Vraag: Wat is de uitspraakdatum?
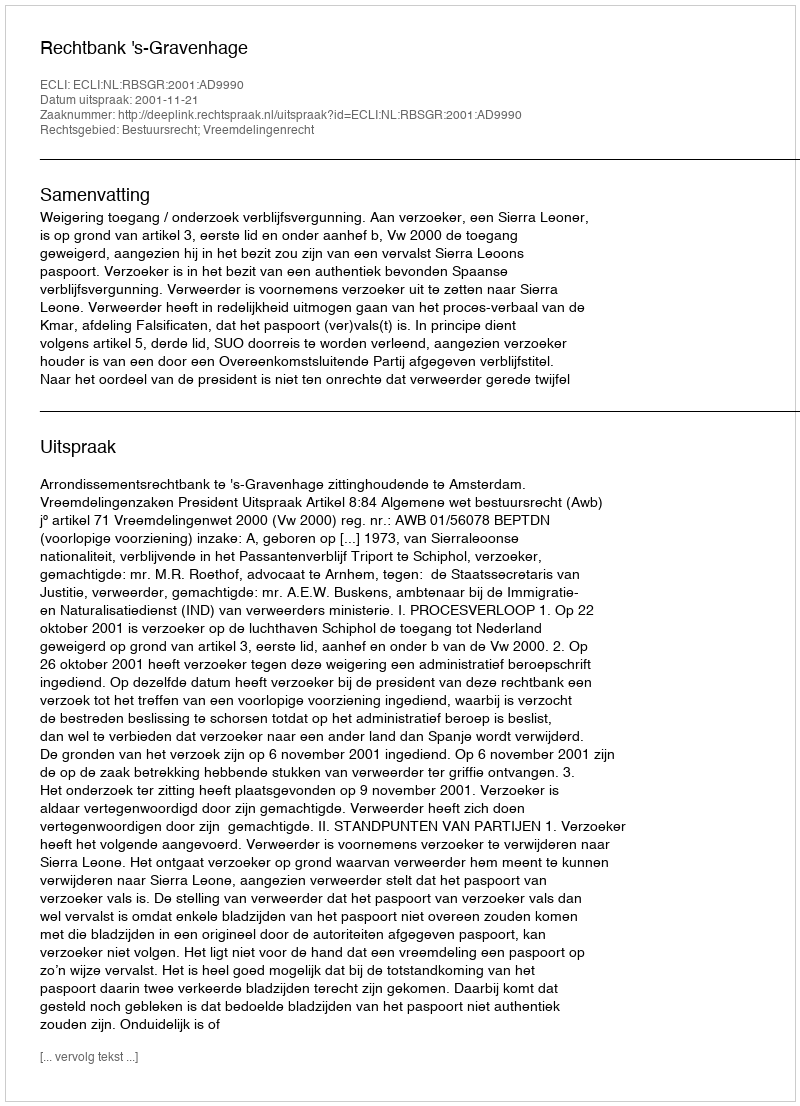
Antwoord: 2001-11-21